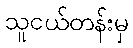
သူငယ်တန်းမှ